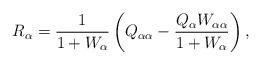
LaTeX: \begin{align*}R_\alpha = \frac{1}{1+W_\alpha}\left(Q_{\alpha\alpha} - \dfrac{Q_\alpha W_{\alpha\alpha}}{1+W_\alpha}\right),\end{align*}